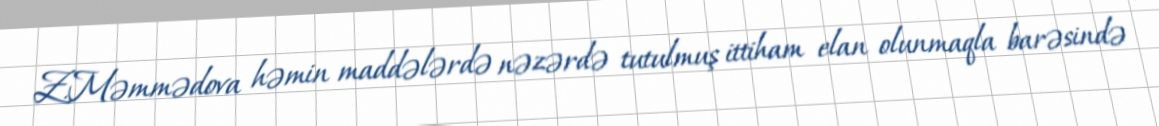
Z.Məmmədova həmin maddələrdə nəzərdə tutulmuş ittiham elan olunmaqla barəsində